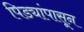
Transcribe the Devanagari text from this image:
पिड्यांपासून